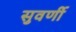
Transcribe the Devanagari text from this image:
सुवर्णी